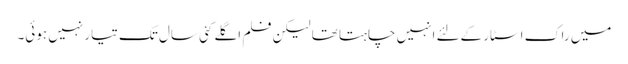
میں راک اسٹار کےلئے انہیں چاہتا تھا لیکن فلم اگلے کئی سال تک تیار نہیں ہوئی۔